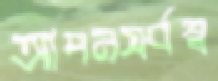
আপনসর্বস্ব